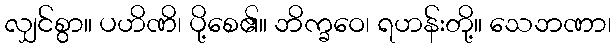
လျှင်စွာ။ ပဟိဏိ၊ ပို့စေ၏။ ဘိက္ခဝေ၊ ရဟန်းတို့။ သေဘဏာ၊